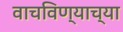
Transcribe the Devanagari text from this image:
वाचविण्याच्या